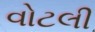
વોટલી